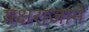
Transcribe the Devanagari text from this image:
यक्षराजाने